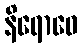
နိရောဓေ